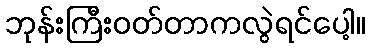
ဘုန်းကြီးဝတ်တာကလွဲရင်ပေါ့။